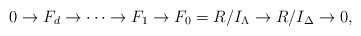
\begin{align*}0 \to F_{d} \to \cdots \to F_1 \to F_0 = R/I_{\Lambda} \to R/I_{\Delta} \to 0, \end{align*}